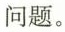
问题。